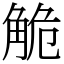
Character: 觤